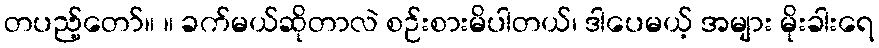
တပည့်တော်။ ။ ခက်မယ်ဆိုတာလဲ စဉ်းစားမိပါတယ်၊ ဒါပေမယ့် အများ မိုးခါးရေ